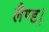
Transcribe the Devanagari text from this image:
लैण्ड।